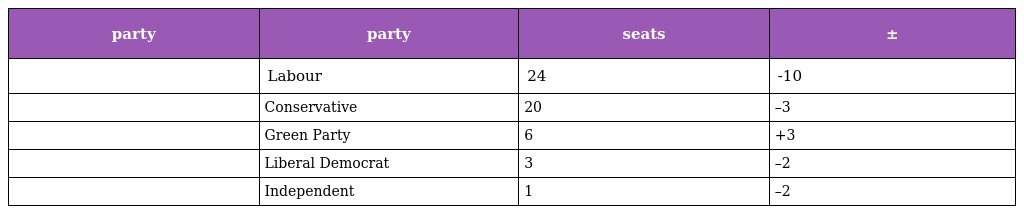
| party | party | seats | ± |
 | --- | --- | --- | --- |
 |  | Labour | 24 | -10 |
 |  | Conservative | 20 | –3 |
 |  | Green Party | 6 | +3 |
 |  | Liberal Democrat | 3 | –2 |
 |  | Independent | 1 | –2 |